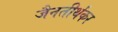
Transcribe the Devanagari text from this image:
जैनतीर्थंकर